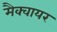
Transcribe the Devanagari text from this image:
मैक्वायर